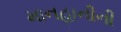
માનહાનીની